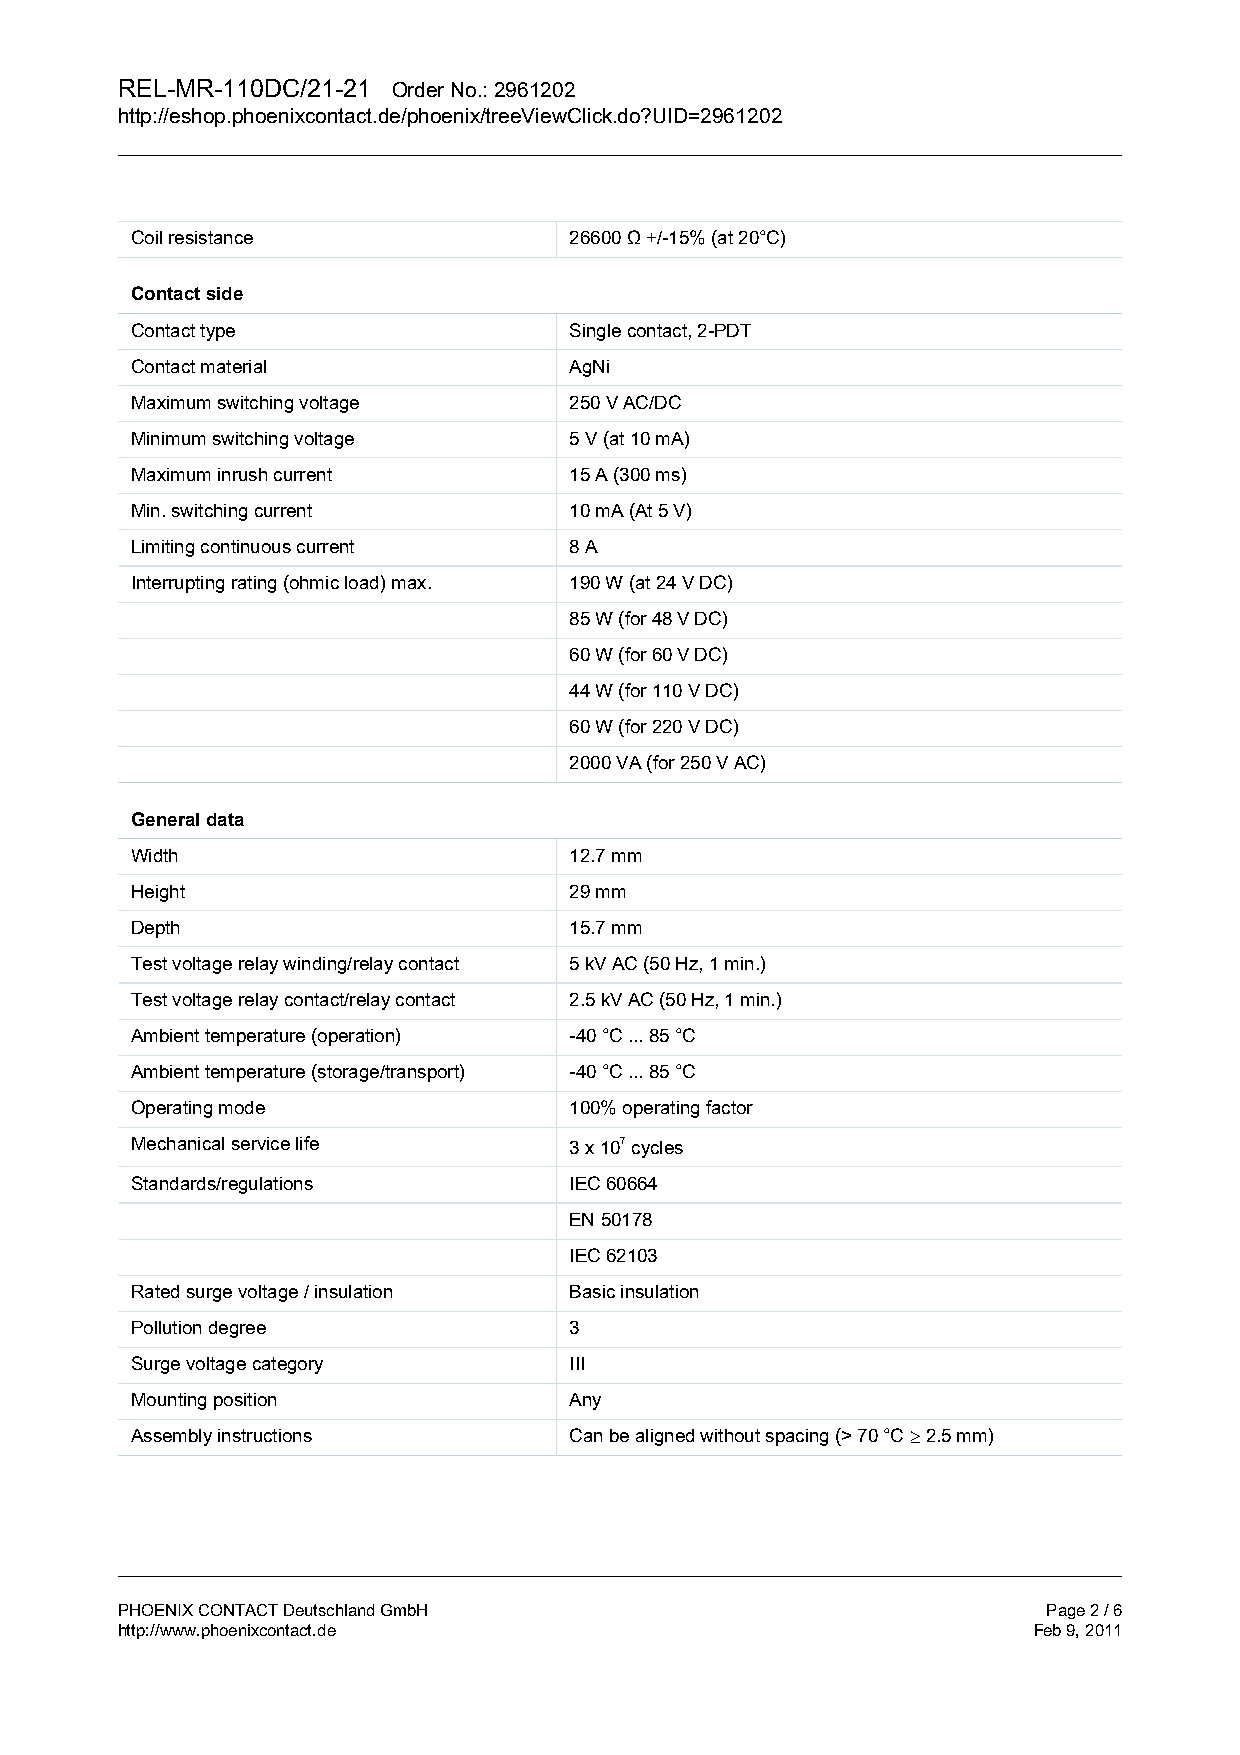
REL-MR-110DC/21-21 Order No.: 2961202
 http://eshop.phoenixcontact.de/phoenix/treeViewClick.do?UID=2961202
 Coil resistance              26600 Ω +/-15% (at 20°C)
 Contact side
 Contact type                 Single contact, 2-PDT
 Contact material             AgNi
 Maximum switching voltage    250 V AC/DC
 Minimum switching voltage    5 V (at 10 mA)
 Maximum inrush current       15 A (300 ms)
 Min. switching current       10 mA (At 5 V)
 Limiting continuous current  8 A
 Interrupting rating (ohmic load) max. 190 W (at 24 V DC)
 85 W (for 48 V DC)
 60 W (for 60 V DC)
 44 W (for 110 V DC)
 60 W (for 220 V DC)
 2000 VA (for 250 V AC)
 General data
 Width                        12.7 mm
 Height                       29 mm
 Depth                        15.7 mm
 Test voltage relay winding/relay contact 5 kV AC (50 Hz, 1 min.)
 Test voltage relay contact/relay contact 2.5 kV AC (50 Hz, 1 min.)
 Ambient temperature (operation) -40 °C ... 85 °C
 Ambient temperature (storage/transport) -40 °C ... 85 °C
 Operating mode               100% operating factor
 Mechanical service life      3 x 107 cycles
 Standards/regulations        IEC 60664
 EN 50178
 IEC 62103
 Rated surge voltage / insulation Basic insulation
 Pollution degree             3
 Surge voltage category       III
 Mounting position            Any
 Assembly instructions        Can be aligned without spacing (> 70 °C ≥ 2.5 mm)
 PHOENIX CONTACT Deutschland GmbH                             Page 2 / 6
 http://www.phoenixcontact.de                                Feb 9, 2011